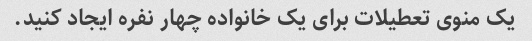
یک منوی تعطیلات برای یک خانواده چهار نفره ایجاد کنید.